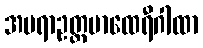
အပရာဥတ္တမာထေရီဂါထာ